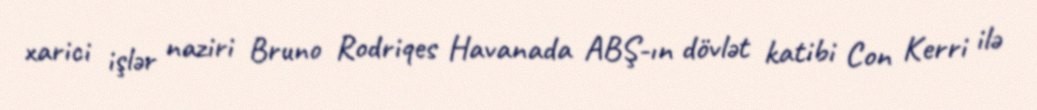
xarici işlər naziri Bruno Rodriqes Havanada ABŞ-ın dövlət katibi Con Kerri ilə